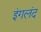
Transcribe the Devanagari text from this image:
इंगलंद